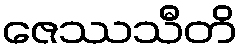
ဇေဿသီတိ